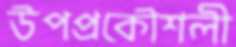
উপপ্রকৌশলী